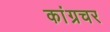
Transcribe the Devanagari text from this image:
कांग्रचर